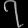
Digit: ၇